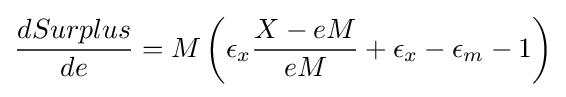
{\frac {dSurplus}{de}}=M\left(\epsilon _{x}{\frac {X-eM}{eM}}+\epsilon _{x}-\epsilon _{m}-1\right)